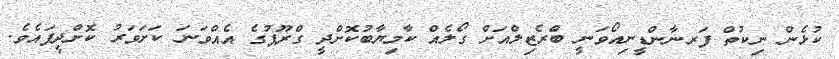
ކުޅެން ނިކުތް ފަރނާންޑީނިއޯވަނީ ބްރެޒިލްއަށް ގޯލެއް ކާމިޔާބުކޮށްދީ ގްރޫޕުގެ އެއްވަނަ ކަށަވަރު ކޮށްދީފައެވެ.